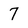
Character: 7